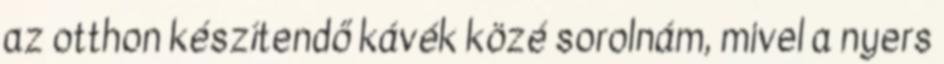
az otthon készítendő kávék közé sorolnám, mivel a nyers